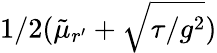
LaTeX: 1/2(\tilde{\mu}_{r^{\prime}}+\sqrt{{\tau/g^{2}}})